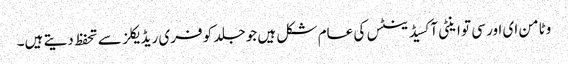
وٹامن ای اور سی تو اینٹی آکسیڈینٹس کی عام شکل ہیں جو جلد کو فری ریڈ یکلز سے تحفظ دیتے ہیں۔